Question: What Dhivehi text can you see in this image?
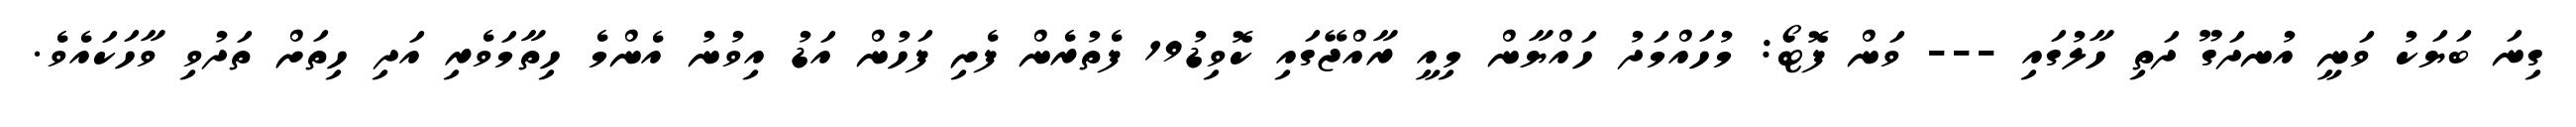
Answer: ގިނަ ބަޔަކު ވަނީ އުނދަގޫ ދަތި ހާލުގައި --- ވަން ފޮޓޯ: މުހައްމަދު ހައްޔާން މިއީ ރާއްޖޭގައި ކޮވިޑު19 ފެތުރެން ފެށި ފަހުން އަޑު އިވުނު އެންމެ ހިތާމަވެރި އަދި ހިތަށް ތަދުވި ވާހަކައެވެ.